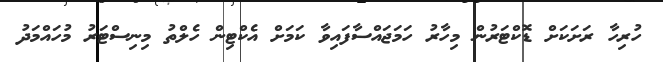
ހުރިހާ ރަށަކަށް ޑޮކްޓަރުން މިހާރު ހަމަޖައްސާފައިވާ ކަމަށް އެކްޓިން ހެލްތު މިނިސްޓަރު މުހައްމަދު